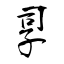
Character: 孠